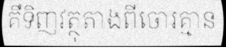
គឺទិញវត្ថុតាងពីចោរគ្មាន